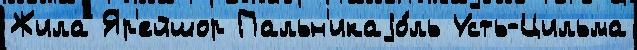
Жила Яр'ейшор Пальн'икаjо́ль Усть-Цильма